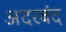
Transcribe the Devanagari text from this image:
अदरबंद